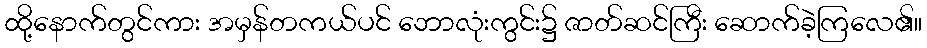
ထို့နောက်တွင်ကား အမှန်တကယ်ပင် ဘောလုံးကွင်း၌ ဇာတ်ဆင်ကြီး ဆောက်ခဲ့ကြလေ၏။